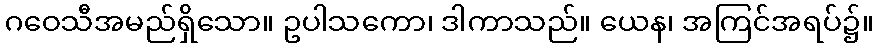
ဂဝေသီအမည်ရှိသော။ ဥပါသကော၊ ဒါကာသည်။ ယေန၊ အကြင်အရပ်၌။